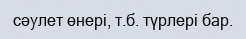
сәулет өнері, т.б. түрлері бар.